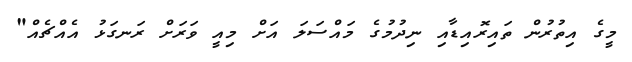
މީގެ އިތުރުން ތައިރޮއިޑާއި ނިދުމުގެ މައްސަލަ އަށް މިއީ ވަރަށް ރަނގަޅު އެއްޗެއް"